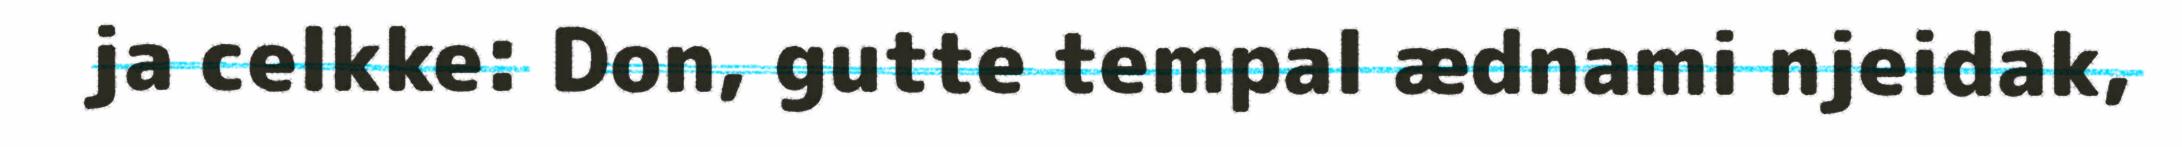
ja celkke: Don, gutte tempal ædnami njeidak,